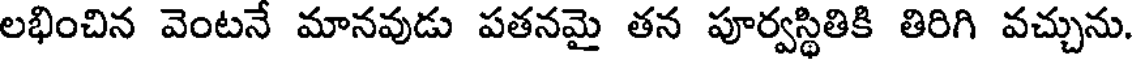
లభించిన వెంటనే మానవుడు పతనమై తన పూర్వస్థితికి తిరిగి వచ్చును.